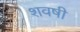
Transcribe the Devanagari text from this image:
शवषी